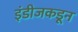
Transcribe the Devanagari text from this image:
इंडीजकडून